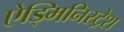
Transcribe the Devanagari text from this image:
ऐड्मिनिस्ट्रेश